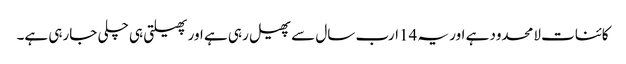
کائنات لامحدود ہے اور یہ 14ارب سال سے پھیل رہی ہے اور پھیلتی ہی چلی جارہی ہے۔